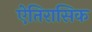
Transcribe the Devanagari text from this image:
ऐतिरासिक